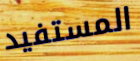
المستفيد